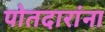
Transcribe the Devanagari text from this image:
पोतदारांना